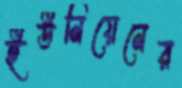
ইউনিয়েনের